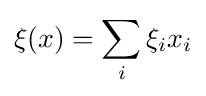
\xi (x)=\sum _{i}\xi _{i}x_{i}